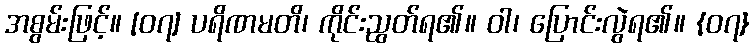
အစွမ်းဖြင့်။ [၀၇] ပရိဏမတိ၊ ကိုင်းညွတ်ရ၏။ ဝါ၊ ပြောင်းလွဲရ၏။ {၀၇}